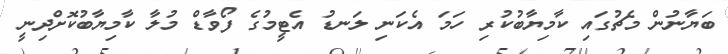
ބަޔާނުން މެޗުގައި ކާމިޔާބުކުރި ހަމަ އެކަނި ލަނޑު އެޓީމުގެ ފޯވާޑް މުލާ ކާމިޔާބުކޮށްދިނީ